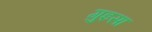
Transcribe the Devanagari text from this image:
गुइसा